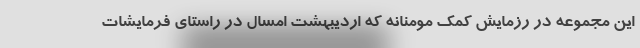
این مجموعه در رزمایش کمک مومنانه که اردیبهشت امسال در راستای فرمایشات